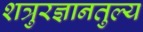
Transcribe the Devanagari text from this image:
शत्रुरज्ञानतुल्य